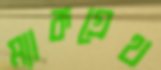
ম্যাকগ্রেথ